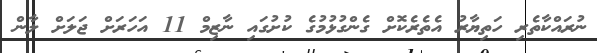
ނުރައްކާތެރި ހަތިޔާރު އެތެރެކޮށް ގެންގުޅުމުގެ ކުށުގައި ނާޒިމް 11 އަހަރަށް ޖަލަށް ލާން